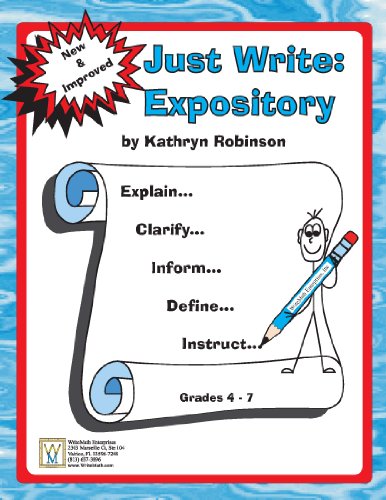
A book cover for Fourth Grade Writing Activites, Prompts, Lessons | Expository Program (Just Write, 4th - 6th Grade); Kathryn Robinson; Education & Teaching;